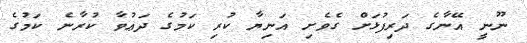
ނޫނީ އޭނާގެ ދަރިފުޅަށް ގެވެށި އަނިޔާ ކުރި ކަމުގެ ދަޢުވާ ކުރާނެ ކަމުގެ